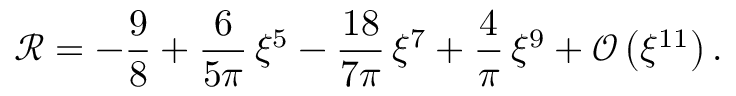
\mathcal { R } = - \frac { 9 } { 8 } + \frac { 6 } { 5 \pi } \, \xi ^ { 5 } - \frac { 1 8 } { 7 \pi } \, \xi ^ { 7 } + \frac { 4 } { \pi } \, \xi ^ { 9 } + \mathcal { O } \left( \xi ^ { 1 1 } \right) .